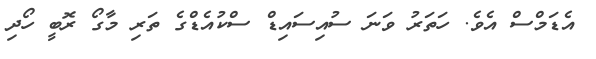
އެޑަމްސް އެވެ. ހަތަރު ވަނަ ސުއިސައިޑް ސްކުއެޑްގެ ތަރި މާގޯ ރޮބީ ހޯދި